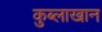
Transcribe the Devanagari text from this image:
कुब्लाखान